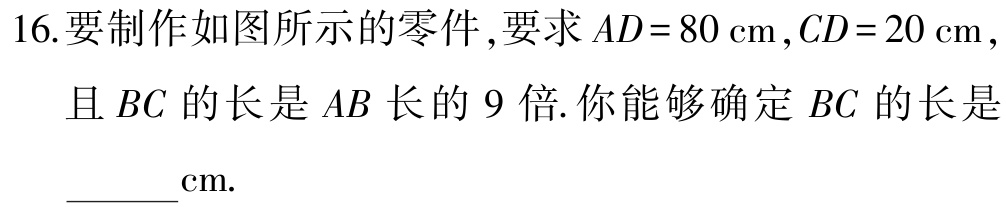
16.要制作如图所示的零件,要求\(AD = 80\mathrm{cm}\),\(CD = 20\mathrm{cm}\),且\(BC\)的长是\(AB\)长的\(9\)倍.你能够确定\(BC\)的长是______\(\mathrm{cm}\).